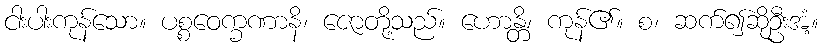
ငါးပါးကုန်သော။ ပစ္စဝေက္ခဏာနိ၊ ဇောတို့သည်။ ဟောန္တိ၊ ကုန်၏။ စ၊ ဆက်၍ဆိုဦးအံ့။